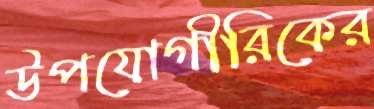
উপযোগীরিকের